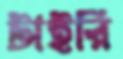
টাইরি